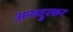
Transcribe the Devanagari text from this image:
अनादुरकर